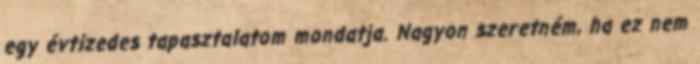
egy évtizedes tapasztalatom mondatja. Nagyon szeretném, ha ez nem